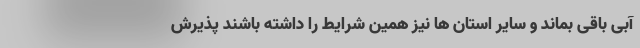
آبی باقی بماند و سایر استان ها نیز همین شرایط را داشته باشند پذیرش